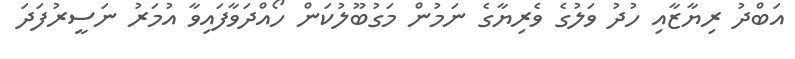
އަބްދު ރިޔާޒާއި ހުދު ވަލުގެ ވެރިޔާގެ ނަމުން މަގުބޫލުކަން ހޯއްދަވާފައިވާ އުމަރު ނަސީރުފަދަ